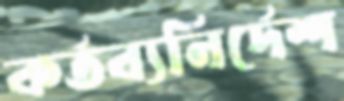
কর্তব্যনির্দেশ